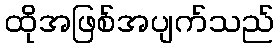
ထိုအဖြစ်အပျက်သည်